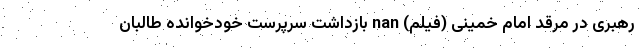
رهبری در مرقد امام خمینی (فیلم) nan بازداشت سرپرست خودخوانده طالبان